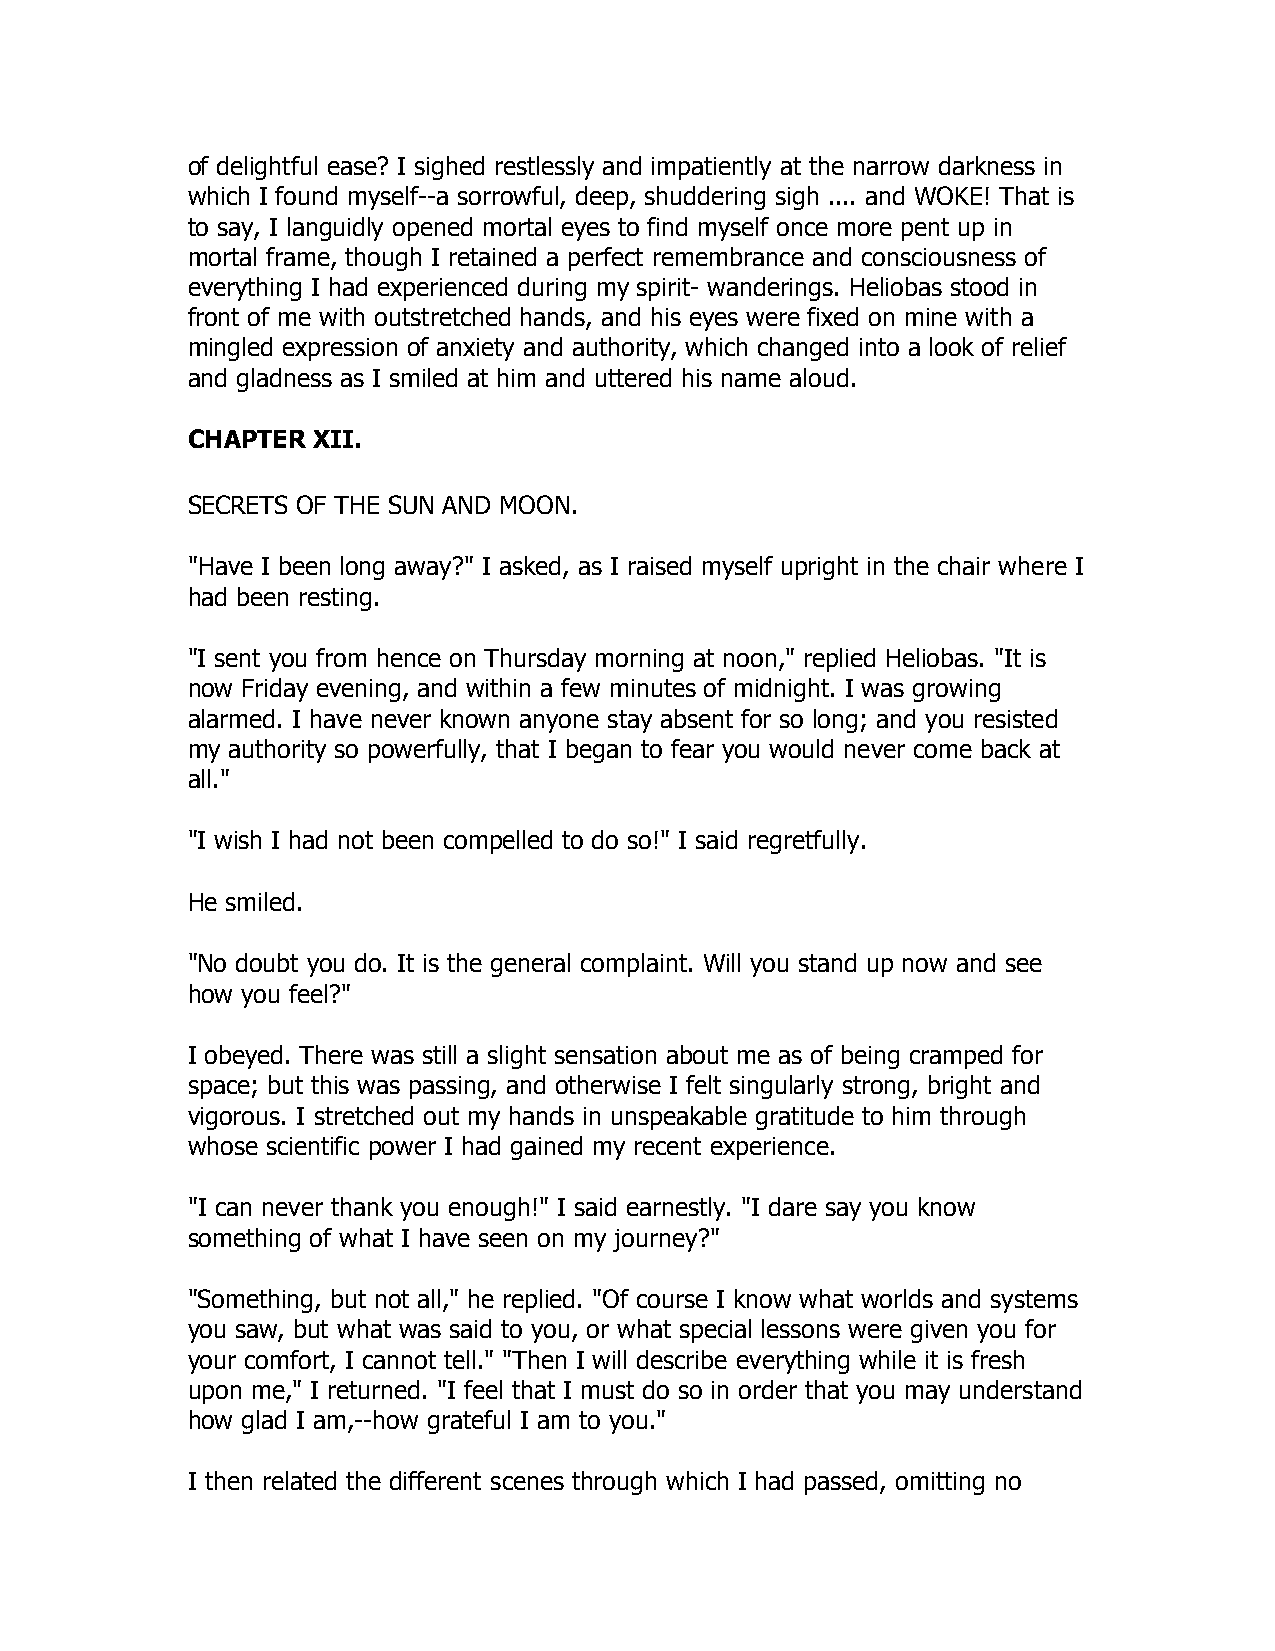
of delightful ease? I sighed restlessly and impatiently at the narrow darkness in
 which I found myself--a sorrowful, deep, shuddering sigh .... and WOKE! That is
 to say, I languidly opened mortal eyes to find myself once more pent up in
 mortal frame, though I retained a perfect remembrance and consciousness of
 everything I had experienced during my spirit- wanderings. Heliobas stood in
 front of me with outstretched hands, and his eyes were fixed on mine with a
 mingled expression of anxiety and authority, which changed into a look of relief
 and gladness as I smiled at him and uttered his name aloud.
 CHAPTER  XII.
 SECRETS OF THE SUN AND MOON.
 "Have I been long away?" I asked, as I raised myself upright in the chair where I
 had been resting.
 "I sent you from hence on Thursday morning at noon," replied Heliobas. "It is
 now Friday evening, and within a few minutes of midnight. I was growing
 alarmed. I have never known anyone stay absent for so long; and you resisted
 my authority so powerfully, that I began to fear you would never come back at
 all."
 "I wish I had not been compelled to do so!" I said regretfully.
 He smiled.
 "No doubt you do. It is the general complaint. Will you stand up now and see
 how you feel?"
 I obeyed. There was still a slight sensation about me as of being cramped for
 space; but this was passing, and otherwise I felt singularly strong, bright and
 vigorous. I stretched out my hands in unspeakable gratitude to him through
 whose scientific power I had gained my recent experience.
 "I can never thank you enough!" I said earnestly. "I dare say you know
 something of what I have seen on my journey?"
 "Something, but not all," he replied. "Of course I know what worlds and systems
 you saw, but what was said to you, or what special lessons were given you for
 your comfort, I cannot tell." "Then I will describe everything while it is fresh
 upon me," I returned. "I feel that I must do so in order that you may understand
 how glad I am,--how grateful I am to you."
 I then related the different scenes through which I had passed, omitting no